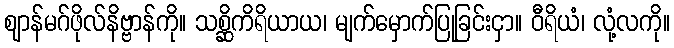
ဈာန်မဂ်ဖိုလ်နိဗ္ဗာန်ကို။ သစ္ဆိကိရိယာယ၊ မျက်မှောက်ပြုခြင်းငှာ။ ဝီရိယံ၊ လုံ့လကို။